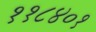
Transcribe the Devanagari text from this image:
११८४०१